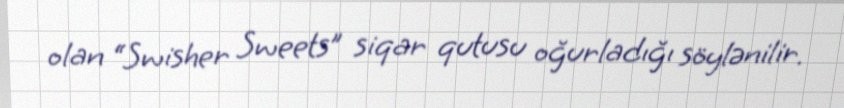
olan “Swisher Sweets” siqar qutusu oğurladığı söylənilir.